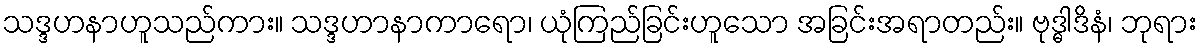
သဒ္ဒဟနာဟူသည်ကား။ သဒ္ဒဟာနာကာရော၊ ယုံကြည်ခြင်းဟူသော အခြင်းအရာတည်း။ ဗုဒ္ဓါဒိနံ၊ ဘုရား